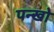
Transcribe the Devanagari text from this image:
पन्खो